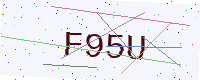
Text: F95U